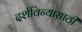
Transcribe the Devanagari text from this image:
दर्शविन्यासाठी